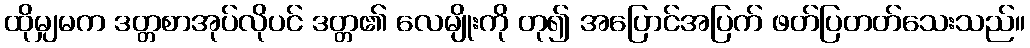
ထိုမျှမက ဒတ္တစာအုပ်လိုပင် ဒတ္တ၏ လေမျိုးကို တု၍ အပြောင်အပြက် ဖတ်ပြတတ်သေးသည်။